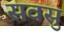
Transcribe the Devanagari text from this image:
सवसु